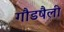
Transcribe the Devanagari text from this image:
गौडषैली